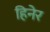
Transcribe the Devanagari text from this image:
हिनेर